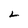
Character: L